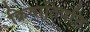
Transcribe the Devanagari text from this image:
क्रियातिपत्ति